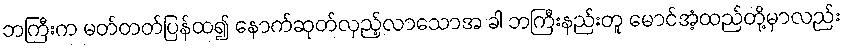
ဘကြီးက မတ်တတ်ပြန်ထ၍ နောက်ဆုတ်လှည့်လာသောအ ခါ ဘကြီးနည်းတူ မောင်အံ့ထည်တို့မှာလည်း